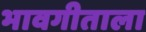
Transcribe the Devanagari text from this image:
भावगीताला